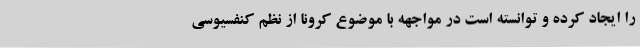
را ایجاد کرده و توانسته است در مواجهه با موضوع کرونا از نظم کنفسیوسی